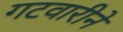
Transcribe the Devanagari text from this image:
गटवारीने